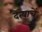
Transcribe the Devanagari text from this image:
दैत्याचें